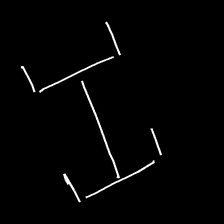
Glyph: entwine